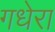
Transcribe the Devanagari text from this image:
गधेरा